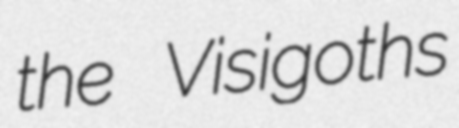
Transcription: the Visigoths